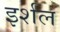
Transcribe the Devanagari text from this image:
इर्शल